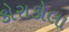
કોરાકોલા